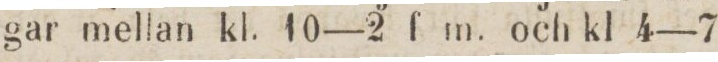
gar mellan kl. 10—2 f m. och kl 4—7